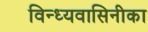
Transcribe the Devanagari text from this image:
विन्ध्यवासिनीका